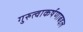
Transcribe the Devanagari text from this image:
गुरुत्वाकर्षणाबद्दल